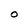
Character: O